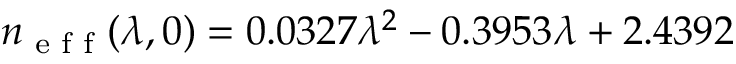
n _ { \textrm { e f f } } ( \lambda , 0 ) = 0 . 0 3 2 7 \lambda ^ { 2 } - 0 . 3 9 5 3 \lambda + 2 . 4 3 9 2